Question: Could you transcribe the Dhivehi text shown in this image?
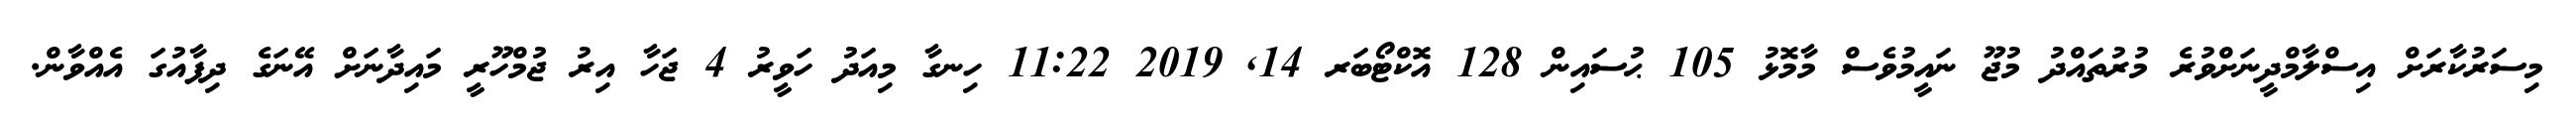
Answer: މިސަރުކާރަށް އިސްލާމްދީނަށްވުރެ މުރުތައްދު މުޖޫ ނައީމުވެސް މާމޮޅު 105 ޙުސައިން 128 އޮކްޓޯބަރ 14, 2019 11:22 ހިނގާ މިއަދު ހަވީރު 4 ޖަހާ އިރު ޖުމްހޫރީ މައިދާނަށް އޭނަގެ ދިފާއުގަ އެއްވާން.